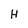
Character: H